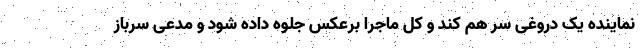
نماینده یک دروغی سر هم کند و کل ماجرا برعکس جلوه داده شود و مدعی سرباز